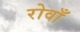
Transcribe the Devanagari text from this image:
रोवाँ